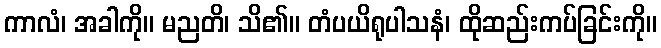
ကာလံ၊ အခါကို။ မညတိ၊ သိ၏။ တံပယိရုပါသနံ၊ ထိုဆည်းကပ်ခြင်းကို။